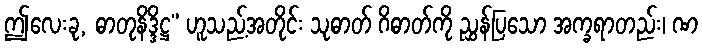
ဤလေးခု, ဓာတုနိဒ္ဒိဋ္ဌ” ဟူသည့်အတိုင်း သုဓာတ် ဂိဓာတ်ကို ညွှန်ပြသော အက္ခရာတည်း၊ ဏ